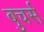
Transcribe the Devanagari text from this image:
बुचर्स